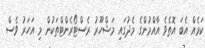
ކަމެއް އެބަ އޮތެވެ އާއްމުންގެ މެދުގައި މަޝްހޫރު ރެސްޓޯރެންޓްތަކުން މި އަހަރު ވެސް